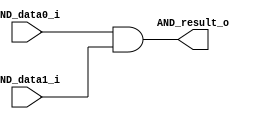
module AND_operator
(
	input AND_data0_i,
	input AND_data1_i,
	
	output reg AND_result_o
);

	always@(*) begin
		AND_result_o = AND_data0_i & AND_data1_i;
	end

endmodule